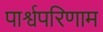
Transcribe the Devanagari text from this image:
पार्श्वपरिणाम